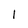
Character: l